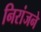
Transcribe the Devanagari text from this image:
निरांजने